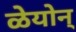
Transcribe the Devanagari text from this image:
ळेयोन्